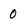
Character: 0